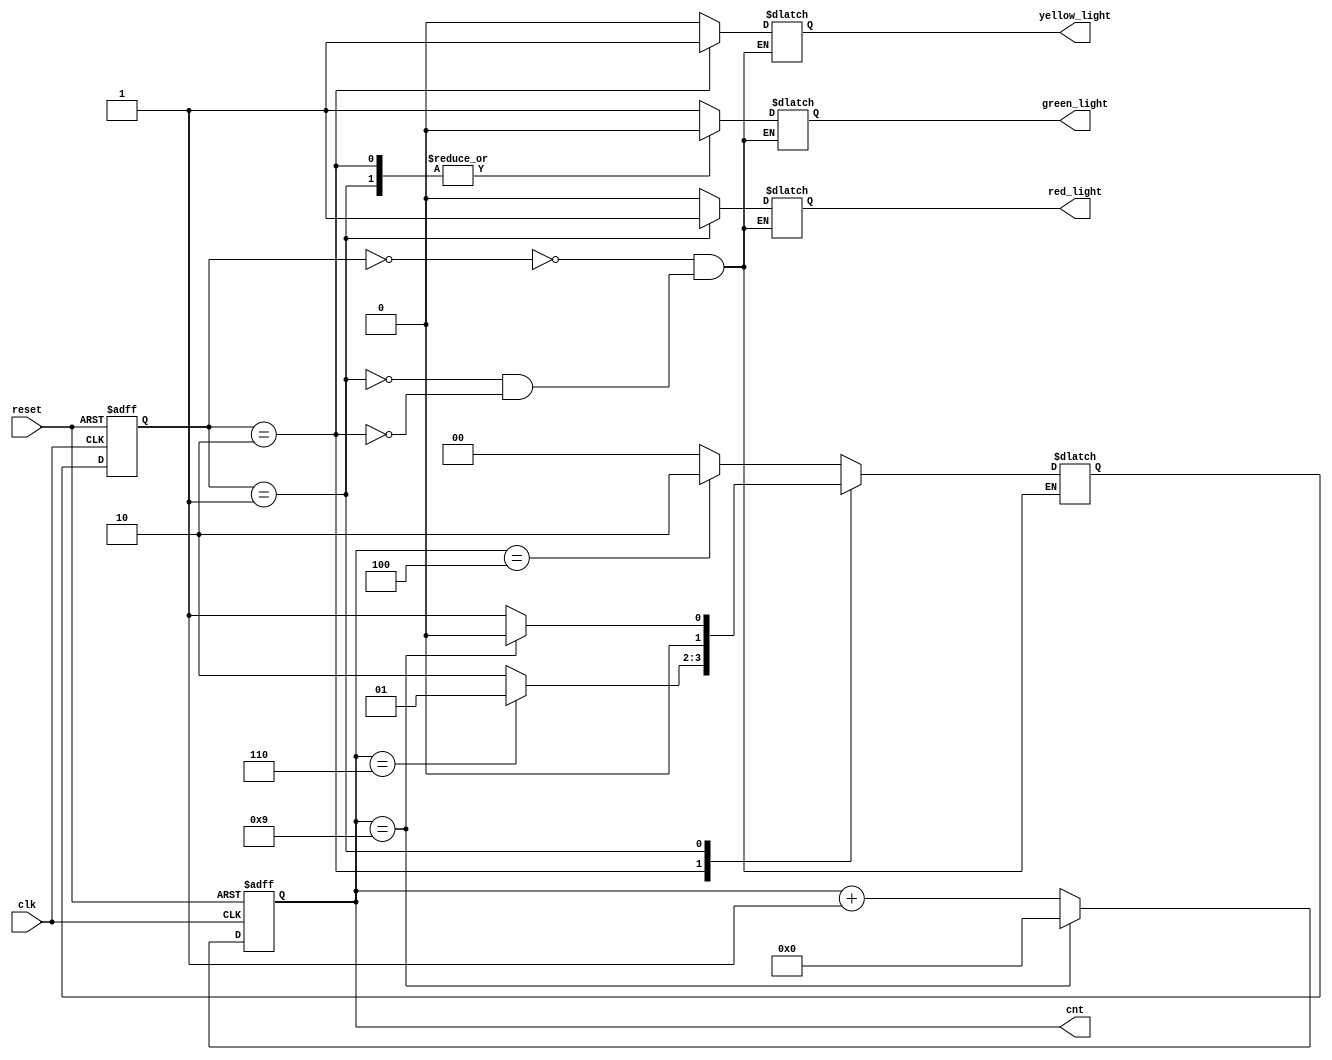
`timescale 1ns / 1ps
//////////////////////////////////////////////////////////////////////////////////
// Company: 
// Engineer: 
// 
// Design Name: 
// Module Name:    traffic_light_hw 
// Project Name: 
// Target Devices: 
// Tool versions: 
// Description: 
//
// Dependencies: 
//
// Revision: 
// Revision 0.01 - File Created
// Additional Comments: 
//
//////////////////////////////////////////////////////////////////////////////////
module traffic_light_hw(
    input clk,
    input reset,
    output reg green_light , red_light, yellow_light,
	output reg [3:0] cnt 
    );
reg [1:0] state,next_state ;

parameter green = 2'b00 ,
			 red  = 2'b01  , 
			 yellow = 2'b10;
	

// FSM state control block 	
// sequential circuit 
always @ (posedge clk or negedge reset)
begin 
	if(!reset)	state <= green ;
	else 			state <= next_state ;
end 

// determine next state 
// combination circuit 
always @ (*)
begin
	case(state)
		green : 
			if(cnt== 4'd4)	next_state = yellow ;
			else 				next_state = green ;
		yellow : 
			if(cnt== 4'd6)	next_state = red ;
			else 				next_state = yellow ;
		red :
		   if(cnt== 4'd9) next_state = green ;
			else           next_state = red ;
	endcase 
end 

// output 
always @ (*)
begin
	case(state)
		green : 
			begin 
				green_light = 1'b1 ;
				red_light 	= 1'b0 ;
				yellow_light = 1'b0;
			end
		red : 
			begin 
				green_light = 1'b0 ;
				red_light 	= 1'b1 ;
				yellow_light = 1'b0;
			end
		yellow :
		   begin
			   green_light = 1'b0 ;
				red_light 	= 1'b0 ;
				yellow_light = 1'b1;
			end
	endcase 
end 

// counter 
always @ (posedge clk or negedge reset)
begin 
	if(!reset)					cnt <= 4'd0 ;
	else if(cnt== 4'd9)		cnt <= 4'd0 ;
	else 							cnt <= cnt + 4'd1 ;
end 

endmodule